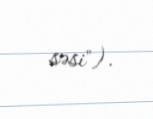
səsi").